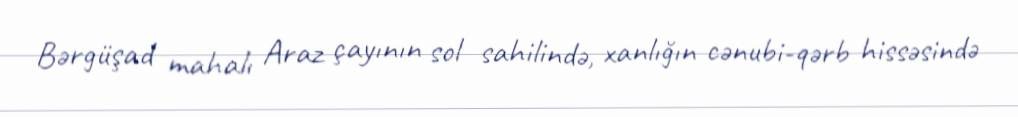
Bərgüşad mahalı Araz çayının sol sahilində, xanlığın cənubi-qərb hissəsində